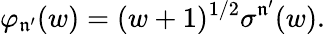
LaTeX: \varphi_{\mathfrak{n}^{\prime}}(w)=(w+1)^{1/2}\sigma^{\mathfrak{n}^{\prime}}(w).